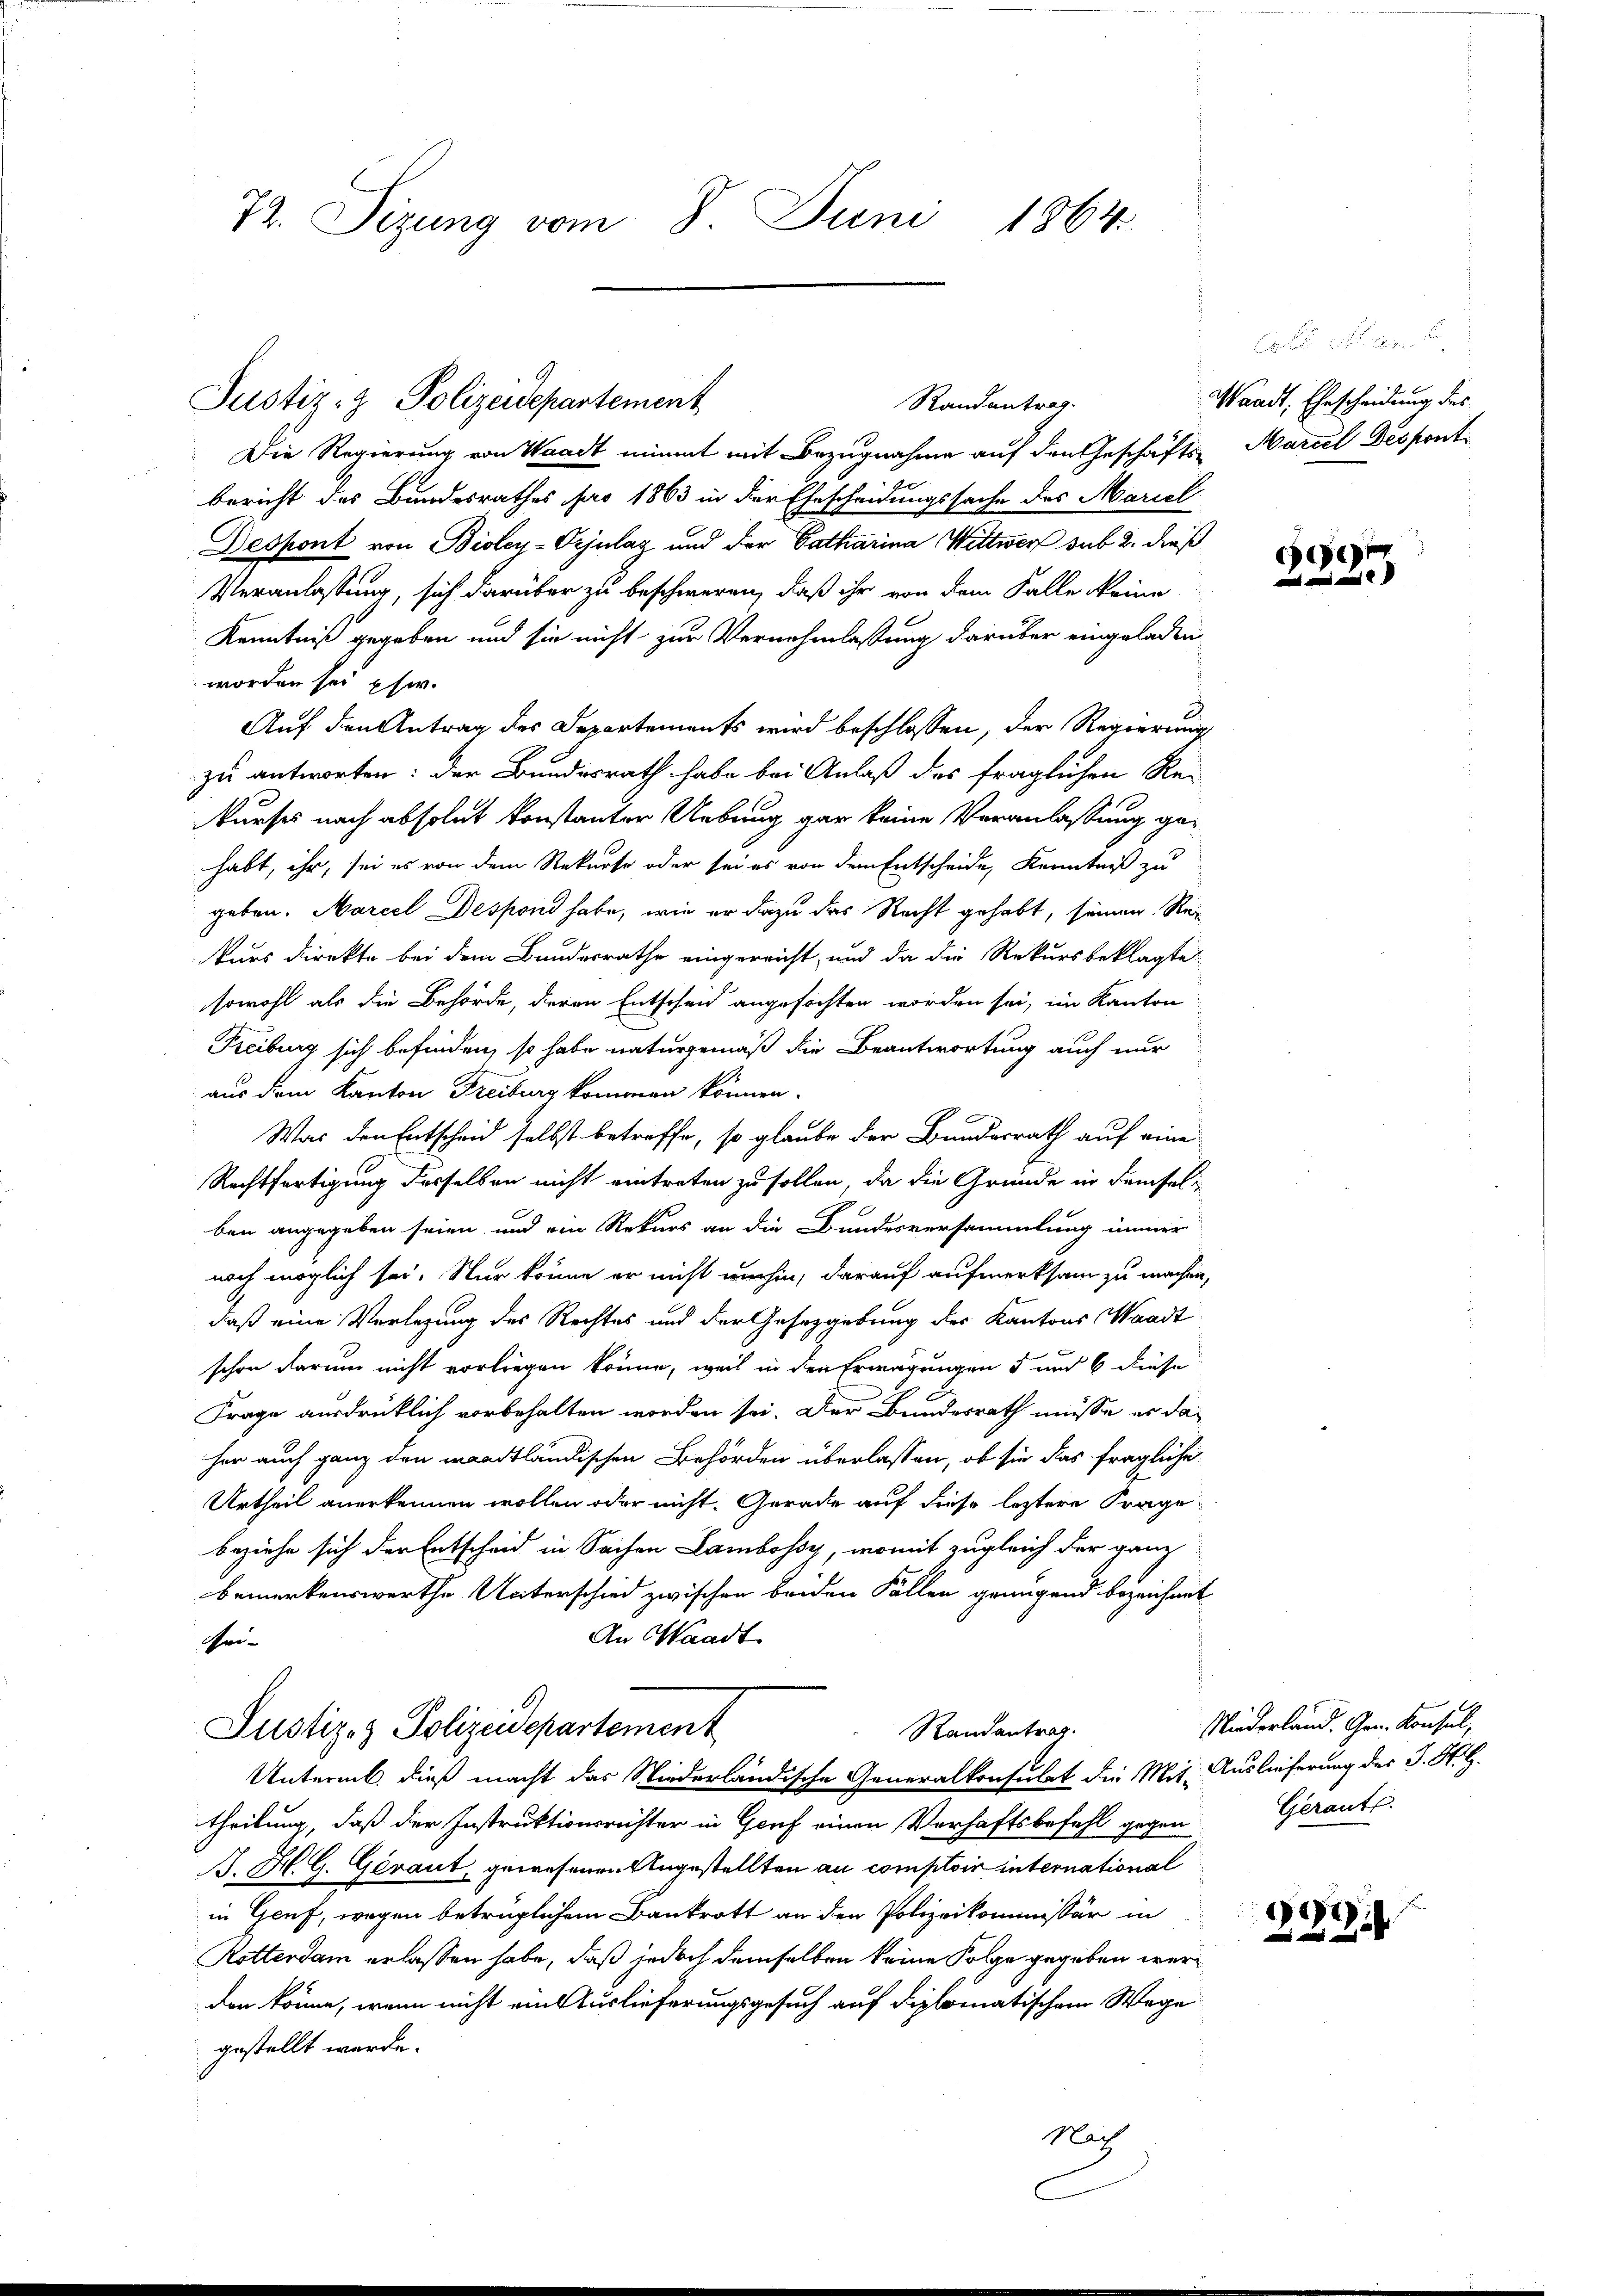
72. Sizung vom 8. Juni 1864.

Justiz- & Polizeidepartement
Randantrag.

Die Regierung von Waadt nimmt mit Bezugnahme auf den Geschäfts- Marcel Despontbericht des Bundesrathes pro 1863 in der Ehescheidungssache des Mariel
Despont von Bioley-Orjulaz und der Catharina Wittwer sub 2. dieß
Veranlassung, sich darüber zu beschweren, daß ihr von dem Falle keine
Kenntniß gegeben und sie nicht zur Vernehmlassung darüber eingeladen
worden sei phw.
Auf den Antrag des Departements wird beschlossen, der Regierung
zu antworten: der Bundesrath habe bei Anlaß des fraglichen Rei
kurses nach absolut konstanter Uebung gar keine Veranlassung gehabt, ihr, sei es von dem Rekurse oder sei es von dem Entscheide, Kenntniß zu
geben. Marcel Despond habe, wie er dazu das Recht gehabt, seinen Rekurs direkte bei dem Bundesrathe eingereicht, und da die Rekursbeklagte
sowohl als die Behörde, deren Entscheid angefochten worden sei, im Kanton
Freiburg sich befinden, so habe naturgemäß die Beantwortung auch nur
aus dem Kanton Freiburg kommen können.
Was den Entscheid selbst betreffe, so glaube der Bundesrath auf eine
Rechtfertigung desselben nicht eintreten zu sollen, da die Gründe in demselben angegeben seien und ein Rekurs an die Bundesversammlung immer
noch möglich sei. Nur könne er nicht umhin, darauf aufmerksam zu machen,
daß eine Verlegung des Rechtes und der Gesetzgebung des Kantons Waadt
schon darum nicht vorliegen könne, weil in den Erwägungen 5 und 6 diese
Frage ausdrüklich vorbehalten worden sei. Der Bundesrath müsse es daher auch ganz den waadtländischen Behörden überlassen, ob sie das fragliche
Urtheil anerkennen wollen oder nicht. Gerade auf diese letztere Frage
beziehe sich der Entscheid in Sachen Lambossy, womit zugleich der ganz
bemerkenswerthe Unterschied zwischen beiden Fällen genügend bezeichnet
An Waadt
Gro¬
Justiz- & Polizeidepartement
Randantrag.
Untermb. dieß macht das Niederländische Generalkonsulat die Mit- Auslieferung des J. H.H.
theilung, daß der Instruktionsrichter in Genf einen Verhaftsbefehl gegen Gerants.
B. H. G. Geraut, gewesenen Angestellten au comptoir international
in Genf, wegen betrüglichem Bankrott an den Polizeikommissär in
Rotterdam erlassen habe, daß jedoch demselben keine Folge gegeben werden könne, wenn nicht eine Auslieferungsgesuch auf diplomatischem Wege
gestellt werde.
Nach

Waadt, Ehescheidung des

)

Niederland. Gen. Konsul,

)
2